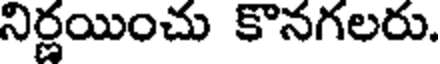
నిర్ణయించు కొనగలరు.